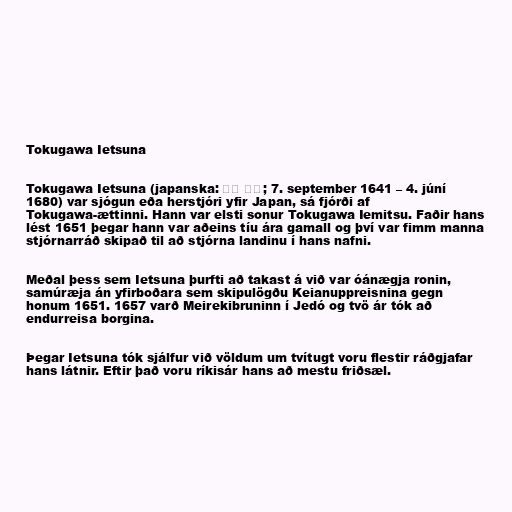
Tokugawa Ietsuna

Tokugawa Ietsuna (japanska: 徳川 家綱; 7. september 1641 – 4. júní
1680) var sjógun eða herstjóri yfir Japan, sá fjórði af
Tokugawa-ættinni. Hann var elsti sonur Tokugawa Iemitsu. Faðir hans
lést 1651 þegar hann var aðeins tíu ára gamall og því var fimm manna
stjórnarráð skipað til að stjórna landinu í hans nafni.

Meðal þess sem Ietsuna þurfti að takast á við var óánægja ronin,
samúræja án yfirboðara sem skipulögðu Keianuppreisnina gegn
honum 1651. 1657 varð Meirekibruninn í Jedó og tvö ár tók að
endurreisa borgina.

Þegar Ietsuna tók sjálfur við völdum um tvítugt voru flestir ráðgjafar
hans látnir. Eftir það voru ríkisár hans að mestu friðsæl.